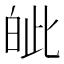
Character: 皉